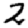
Digit: 2